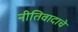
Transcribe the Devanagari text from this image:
नीतिवादाचे